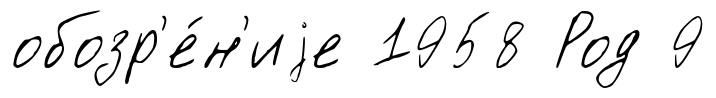
обозр'е́н'иjе 1958 Род 9